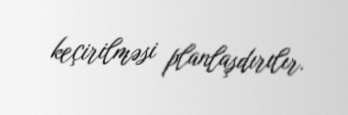
keçirilməsi planlaşdırılır.